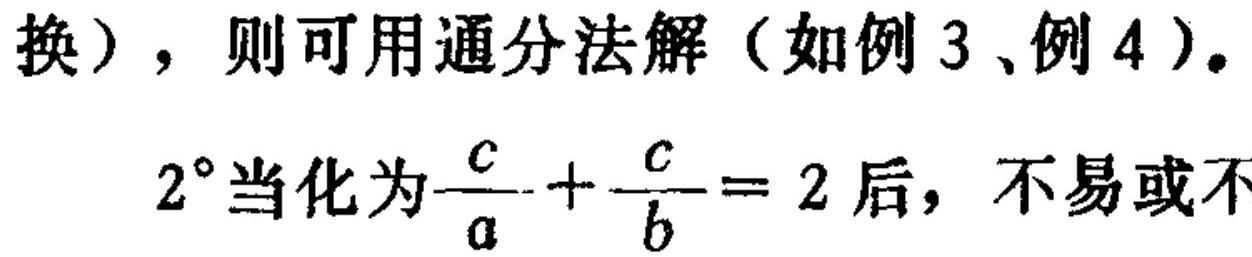
换），则可用通分法解（如例3、例4）。
\(2^{\circ}\)当化为\(\frac{c}{a}+\frac{c}{b}=2\)后，不易或不